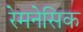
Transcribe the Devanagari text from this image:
रेमनेसिक